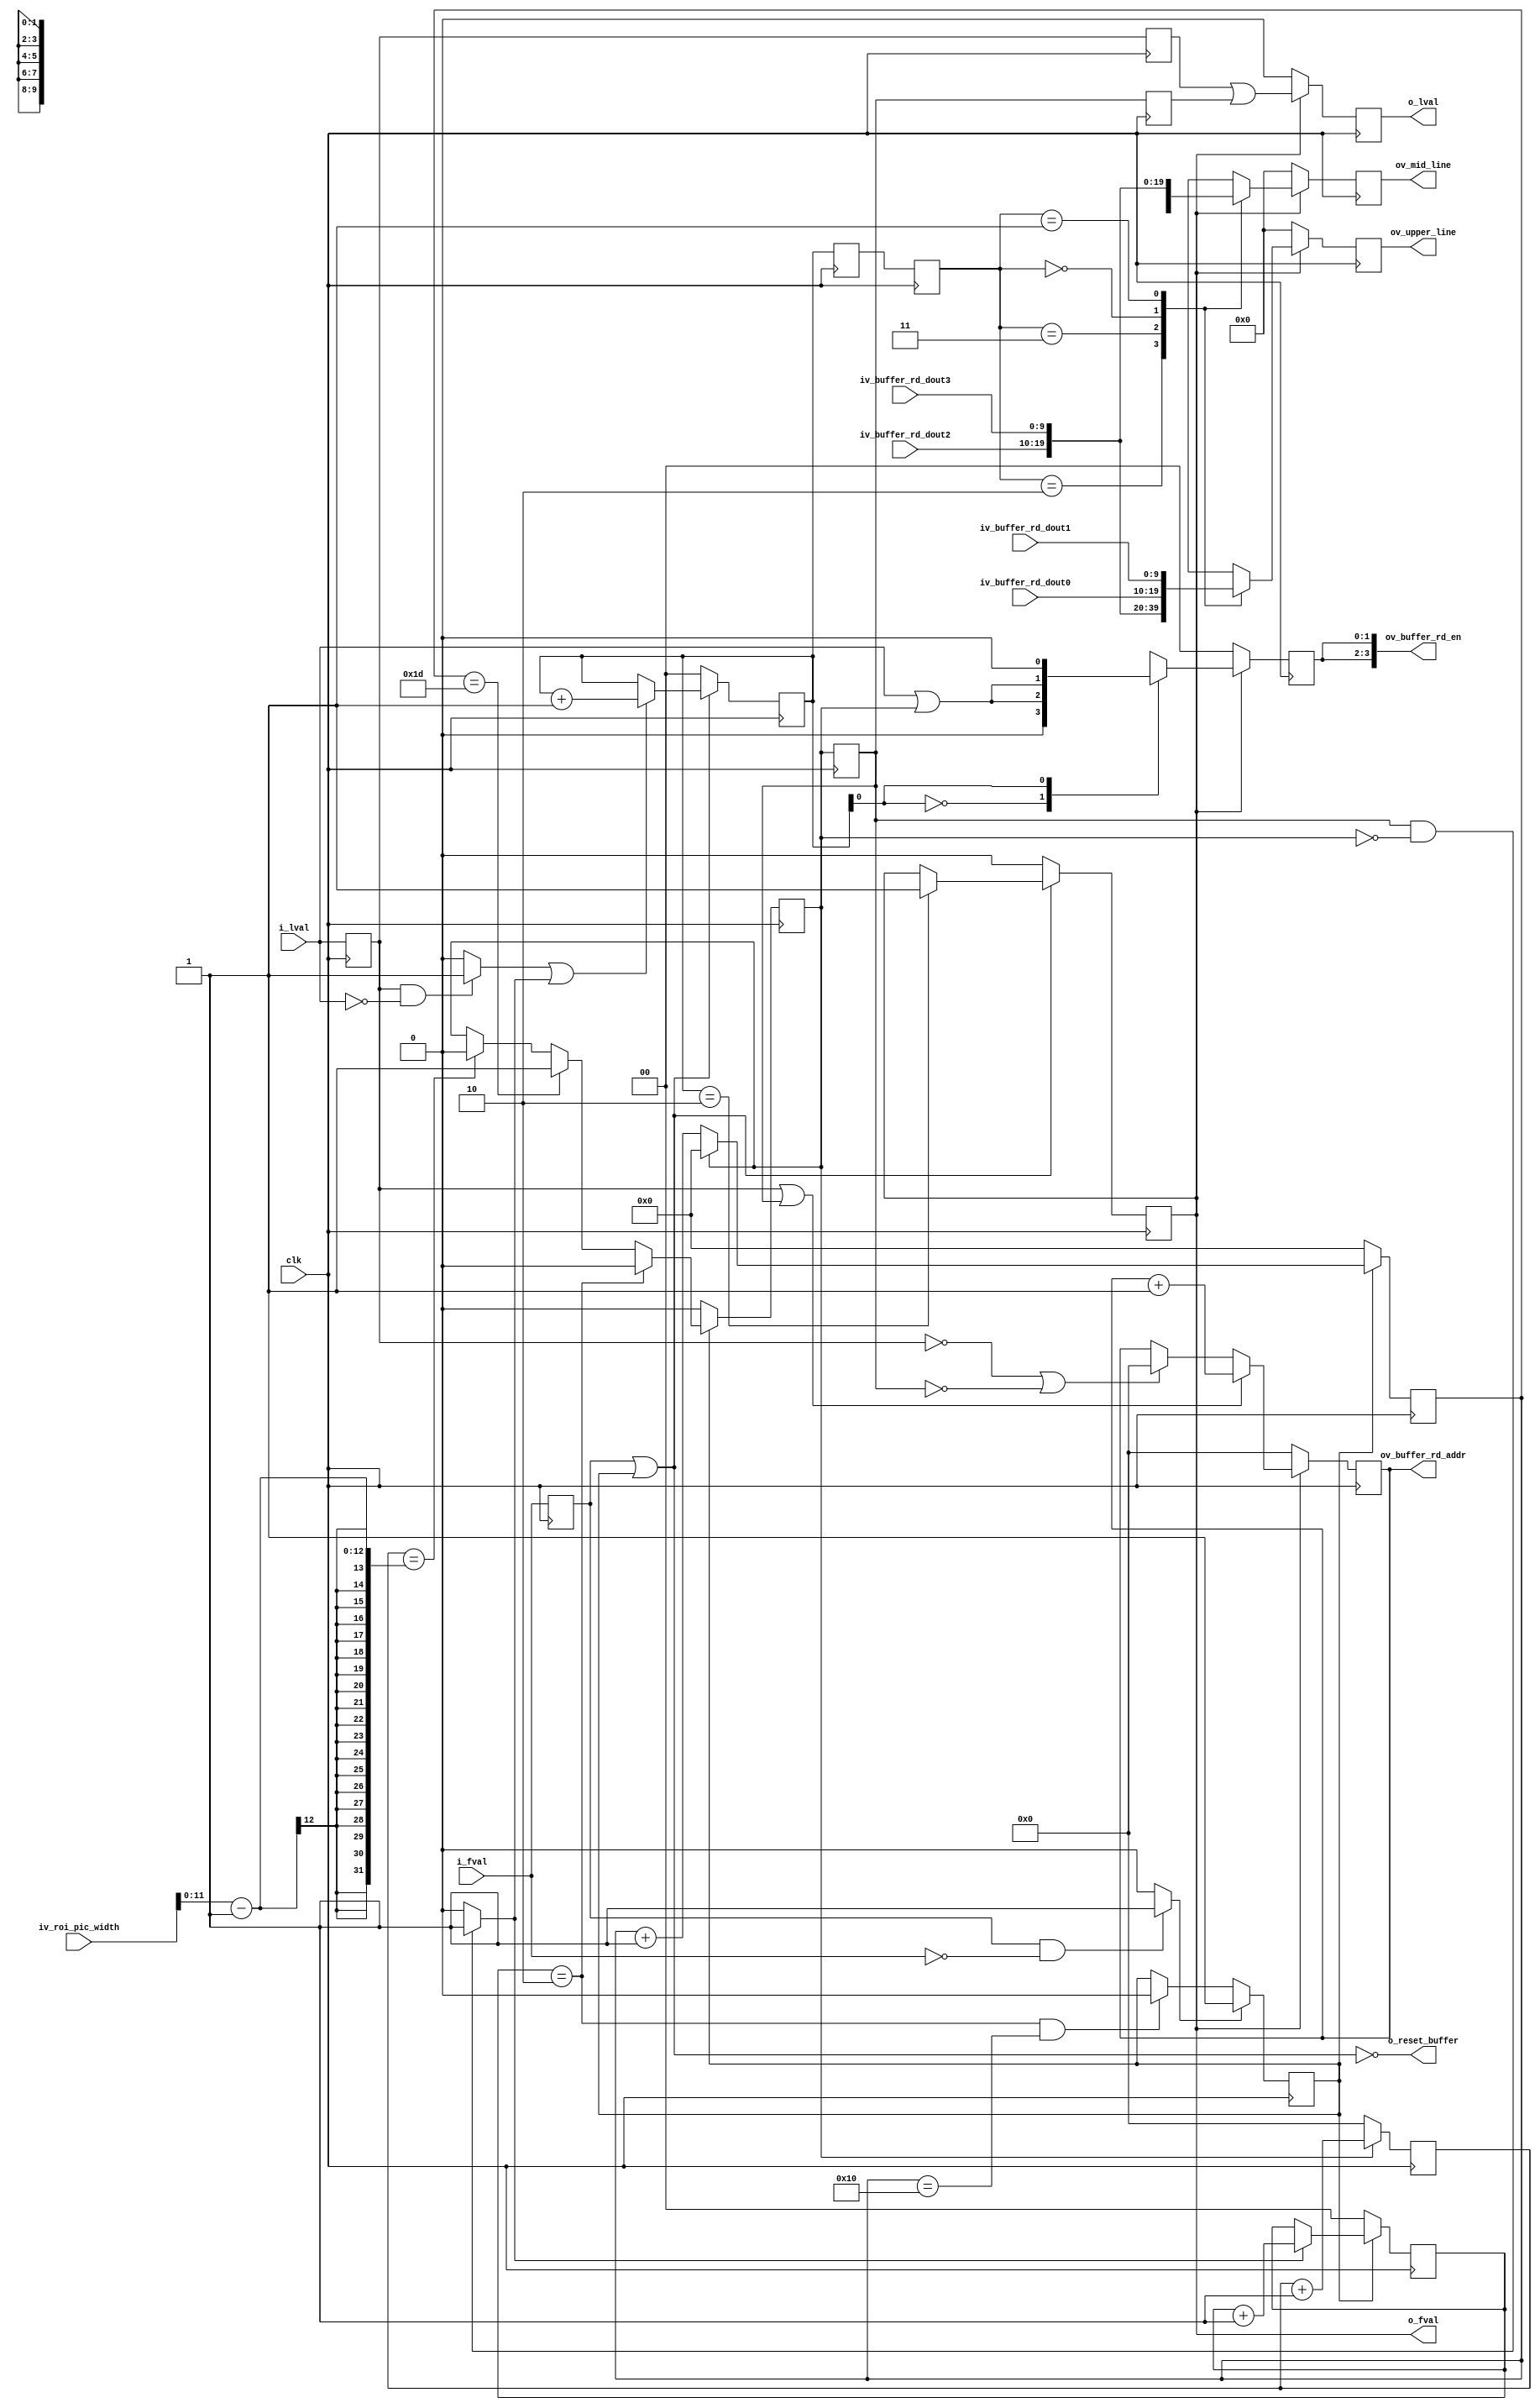
//-------------------------------------------------------------------------------------------------
//  --    : , 2010 -2015.
//  --      .
//  --          : FPGA
//  --        : pulse_filter_rd
//  --        : 
//-------------------------------------------------------------------------------------------------
//
//  --  :
//
//  --          :| 				:|  
//-------------------------------------------------------------------------------------------------
//  --        :| 2015/2/11 15:44:38	:|  
//-------------------------------------------------------------------------------------------------
//
//  --      : buffer4
//              1)  : 
//
//              2)  : RAMRAM
//
//              3)  :  upper linemid linemid linelower linewr
//
//				4)  : 2i_fval2lval
//
//-------------------------------------------------------------------------------------------------
///
`timescale 1ns/1ps
//-------------------------------------------------------------------------------------------------

module pulse_filter_rd # (
	parameter					COMPARE_LVAL_DELAY	= 5		,	// compare lval
	parameter					LINE_HIDE_PIX_NUM	= 30	,	//2
	parameter					LINE2FRAME_PIX_NUM	= 10	,	//2o_fval
	parameter					SENSOR_DAT_WIDTH	= 10	,	//sensor 
	parameter					SHORT_REG_WD		= 16		//
	)
	(
	input								clk					,	//
	input	[SHORT_REG_WD-1:0]			iv_roi_pic_width	,	//
	input								i_fval				,	//
	input								i_lval				,	//
	output								o_reset_buffer		,	//ram 
	output	[3:0]						ov_buffer_rd_en		,	//ram 
	output	[11:0]						ov_buffer_rd_addr	,	//ram 
	input	[9:0]						iv_buffer_rd_dout0	,	//ram0 
	input	[9:0]						iv_buffer_rd_dout1	,	//ram1 
	input	[9:0]						iv_buffer_rd_dout2	,	//ram2 
	input	[9:0]						iv_buffer_rd_dout3	,	//ram3 
	output								o_fval				,	//
	output								o_lval				,	//
	output	[SENSOR_DAT_WIDTH-1:0]		ov_upper_line		,	//-
	output	[SENSOR_DAT_WIDTH-1:0]		ov_mid_line				//-
	);

	//	ref signals

	//	-------------------------------------------------------------------------------------
	//	
	//	1.=+o_lval
	//	-------------------------------------------------------------------------------------
	localparam		LINE2FRAME_PIX_NUM_RD	= (LINE2FRAME_PIX_NUM+COMPARE_LVAL_DELAY);


	reg									lval_dly0			= 1'b0;
	reg									lval_dly1			= 1'b0;
	reg									lval_dly2			= 1'b0;
	wire								lval_fall			;
	reg									lval_trailer_dly0	= 1'b0;
	reg									lval_trailer_dly1	= 1'b0;
	wire								lval_trailer_fall	;
	reg									fval_dly0			= 1'b0;
	wire								fval_fall			;
	wire								fval_extend			;
	reg									lval_reg			= 1'b0;

	reg		[1:0]						lval_cnt			= 2'b0;
	reg		[1:0]						lval_cnt_dly0		= 2'b0;
	reg		[1:0]						lval_cnt_dly1		= 2'b0;
	reg									fval_reg			= 1'b0;
	reg		[1:0]						buffer_rd_en		= 2'b0;
	reg		[11:0]						buffer_rd_addr		= 12'b0;
	reg		[9:0]						upper_line_reg		= 10'b0;
	reg		[9:0]						mid_line_reg		= 10'b0;

	reg									gen_2line			= 1'b0;
	reg		[4:0]						gen_2line_hide_cnt	= 5'b0;
	reg		[11:0]						gen_2line_valid_cnt	= 12'b0;
	reg									lval_trailer		= 1'b0;
	reg		[1:0]						lval_trailer_cnt	= 2'b0;


	//	ref ARCHITECTURE

	//  ===============================================================================================
	//	ref ******
	//  ===============================================================================================
	//  -------------------------------------------------------------------------------------
	//	lval
	//  -------------------------------------------------------------------------------------
	always @ (posedge clk) begin
		lval_dly0	<= i_lval;
		lval_dly1	<= lval_dly0;
	end
	assign	lval_fall	= (lval_dly0==1'b1 && i_lval==1'b0) ? 1'b1 : 1'b0;

	//  -------------------------------------------------------------------------------------
	//	fval
	//  -------------------------------------------------------------------------------------
	always @ (posedge clk) begin
		fval_dly0	<= i_fval;
	end
	assign	fval_fall	= (fval_dly0==1'b1 && i_fval==1'b0) ? 1'b1 : 1'b0;

	//  -------------------------------------------------------------------------------------
	//	lval_trailer
	//	1.lval_trailer
	//  -------------------------------------------------------------------------------------
	always @ (posedge clk) begin
		lval_trailer_dly0	<= lval_trailer;
		lval_trailer_dly1	<= lval_trailer_dly0;
	end
	assign	lval_trailer_fall	= (lval_trailer_dly0==1'b1 && lval_trailer==1'b0) ? 1'b1 : 1'b0;

	//  ===============================================================================================
	//	ref ***2***
	//	1.rd lval2 i_fval=0i_lval02 lval
	//	2.fvallval
	//  ===============================================================================================
	//  -------------------------------------------------------------------------------------
	//	gen_2line 2
	//	1.i_fval
	//	2.2lvallvalfval
	//  -------------------------------------------------------------------------------------
	always @ (posedge clk) begin
		if(fval_fall) begin
			gen_2line	<= 1'b1;
		end
		else begin
			if(lval_trailer_cnt==2'b10 && gen_2line_hide_cnt==(LINE2FRAME_PIX_NUM_RD+1)) begin
				gen_2line	<= 1'b0;
			end
		end
	end

	//  -------------------------------------------------------------------------------------
	//	2
	//	1.=0
	//	2.=1lval=0
	//	2.=1lval=1
	//  -------------------------------------------------------------------------------------
	always @ (posedge clk) begin
		if(!gen_2line) begin
			gen_2line_hide_cnt	<= 5'b0;
		end
		else begin
			if(!lval_trailer) begin
				gen_2line_hide_cnt	<= gen_2line_hide_cnt + 1'b1;
			end
			else begin
				gen_2line_hide_cnt	<= 5'b0;
			end
		end
	end

	//  -------------------------------------------------------------------------------------
	//	2
	//	1.=0
	//	2.=1lval=0
	//	3. gen_2line  gen_2line=0 lval_trailer 0
	//  -------------------------------------------------------------------------------------
	always @ (posedge clk) begin
		if(!lval_trailer) begin
			gen_2line_valid_cnt	<= 5'b0;
		end
		else begin
			gen_2line_valid_cnt	<= gen_2line_valid_cnt + 1'b1;
		end
	end

	//  -------------------------------------------------------------------------------------
	//	lval
	//	1.lval1
	//	2.2lvallval_trailer0
	//	3.2lval
	//	--3.1-1lval0
	//	--3.2ifregfmax180
	//	4. lval cnt hide cnt  valid cnt 
	//	--LINE2FRAME_PIX_NUM_RDLINE_HIDE_PIX_NUM1lval
	//	-- lval_cnt 
	//  -------------------------------------------------------------------------------------
	always @ (posedge clk) begin
		if(!gen_2line) begin
			lval_trailer	<= 1'b0;
		end
		else begin
			if(lval_trailer_cnt==2'b10) begin
				lval_trailer	<= 1'b0;
			end
			else begin
				if(gen_2line_hide_cnt==(LINE_HIDE_PIX_NUM-1)) begin
					lval_trailer	<= 1'b1;
				end
				else if(gen_2line_valid_cnt==(iv_roi_pic_width[11:0]-1)) begin
					lval_trailer	<= 1'b0;
				end
			end
		end
	end

	//  -------------------------------------------------------------------------------------
	//	lval_trailer_cnt
	//	1. lval_trailer 
	//  -------------------------------------------------------------------------------------
	always @ (posedge clk) begin
		if(!gen_2line) begin
			lval_trailer_cnt	<= 2'b0;
		end
		else begin
			if(lval_trailer_fall) begin
				lval_trailer_cnt	<= lval_trailer_cnt + 1'b1;
			end
		end
	end

	//  ===============================================================================================
	//	ref ******
	//  ===============================================================================================
	//  -------------------------------------------------------------------------------------
	//                  ______________________________________________________________
	//	i_fval         _|                                                            |_____________________________
	//                                                                               __________________
	//  gen_2line      ______________________________________________________________|                |____________
	//                  _______________________________________________________________________________
	//	fval_extend    _|                                                                             |____________
	//                      ____    ____      ____    ____            ____    ____
	//	i_lval         _____|  |____|  |______|  |____|  |____....____|  |____|  |_________________________________
	//                                                                                  ____    ____
	//	lval_gen       _________________________________________________________________|  |____|  |_______________
	//
	//                                    _____________________________________________________________
	//	o_fval         ___________________|                                                           |____________
	//
	//                                        ____    ____            ____    ____      ____    ____
	//	o_lval         _______________________|  |____|  |____....____|  |____|  |______|  |____|  |_______________
	//
	//  -------------------------------------------------------------------------------------
	//  -------------------------------------------------------------------------------------
	//	fval_extend - fval
	//	1.gen_2linei_fval
	//	2.fval_dly0  gen_2line 
	//	3.fval_extend  i_fval 12
	//  -------------------------------------------------------------------------------------
	assign	fval_extend		= fval_dly0 | gen_2line;

	//  -------------------------------------------------------------------------------------
	//	lval
	//	1. fval =0 lval_cnt 
	//	2. fval =1  i_lval    lval_trailer 
	//  -------------------------------------------------------------------------------------
	always @ (posedge clk) begin
		if(!fval_extend) begin
			lval_cnt	<= 2'b00;
		end
		else begin
			if(lval_fall==1'b1 || lval_trailer_fall==1'b1) begin
				lval_cnt	<= lval_cnt + 1'b1;
			end
		end
	end

	//  -------------------------------------------------------------------------------------
	//	fval_reg - 
	//	1.i_fval=0gen_2line=0fval_reg
	//	2.fval_reg=1
	//	3.o_fval  i_fval 2
	//  -------------------------------------------------------------------------------------
	always @ (posedge clk) begin
		if(!fval_extend) begin
			fval_reg	<= 1'b0;
		end
		else if(lval_cnt==2'b10) begin
			fval_reg	<= 1'b1;
		end
	end
	assign	o_fval	= fval_reg;

	//  -------------------------------------------------------------------------------------
	//	lval
	//	1.o_fval=0o_lval=0
	//	2.lval (1)i_lval (2)
	//	3.ram i_lvallval_trailerram1ramdly1
	//  -------------------------------------------------------------------------------------
	always @ (posedge clk) begin
		if(!fval_reg) begin
			lval_reg	<= 1'b0;
		end
		else begin
			lval_reg	<= lval_dly1|lval_trailer_dly1;
		end
	end
	assign	o_lval	= lval_reg;

	//  -------------------------------------------------------------------------------------
	//	 lval cnt
	//	1.ram1
	//	2.ram lval_cnt
	//	3.lvalram2
	//  -------------------------------------------------------------------------------------
	always @ (posedge clk) begin
		lval_cnt_dly0	<= lval_cnt;
		lval_cnt_dly1	<= lval_cnt_dly0;
	end

	//  ===============================================================================================
	//	ref ***RAM***
	//  ===============================================================================================
	//  -------------------------------------------------------------------------------------
	//	-- ref RAM 
	//	1.RAM fval_extend i_fval22ram
	//	2.10FIFO
	//  -------------------------------------------------------------------------------------
	assign	o_reset_buffer	= !fval_extend;

	//  -------------------------------------------------------------------------------------
	//	-- ref RAM 
	//	1.  o_fval
	//	2.lval cnt
	//  -------------------------------------------------------------------------------------
	always @ (posedge clk) begin
		if(!fval_reg) begin
			buffer_rd_en	<= 2'b00;
		end
		else begin
			case(lval_cnt[0])
				1'b0	: buffer_rd_en	<= {1'b0,i_lval|lval_trailer};
				1'b1	: buffer_rd_en	<= {i_lval|lval_trailer,1'b0};
				default	: buffer_rd_en	<= 2'b00;
			endcase
		end
	end
	assign	ov_buffer_rd_en[0]	= buffer_rd_en[0];
	assign	ov_buffer_rd_en[2]	= buffer_rd_en[0];
	assign	ov_buffer_rd_en[1]	= buffer_rd_en[1];
	assign	ov_buffer_rd_en[3]	= buffer_rd_en[1];

	//  -------------------------------------------------------------------------------------
	//	-- ref RAM 
	//	1.i_lval
	//	2.2ram
	//	3.ram
	//  -------------------------------------------------------------------------------------
	always @ (posedge clk) begin
		if(fval_reg) begin
			if(lval_dly0==1'b1 || lval_trailer_dly0==1'b1) begin
				buffer_rd_addr	<= buffer_rd_addr + 1'b1;
			end
			else if(lval_dly0==1'b0 || lval_trailer_dly0==1'b0) begin
				buffer_rd_addr	<= 12'h0;
			end
		end
		else begin
			buffer_rd_addr	<= 12'h0;
		end
	end
	assign	ov_buffer_rd_addr	= buffer_rd_addr;

	//  ===============================================================================================
	//	ref ******
	//  ===============================================================================================
	//  -------------------------------------------------------------------------------------
	//	
	//	1.lval_cntram
	//	2.
	//  -------------------------------------------------------------------------------------
	always @ (posedge clk) begin
		if(fval_reg) begin
			case(lval_cnt_dly1)
				2'b10	: upper_line_reg	<= iv_buffer_rd_dout2;
				2'b11	: upper_line_reg	<= iv_buffer_rd_dout3;
				2'b00	: upper_line_reg	<= iv_buffer_rd_dout0;
				2'b01	: upper_line_reg	<= iv_buffer_rd_dout1;
				default	: upper_line_reg	<= 10'b0;
			endcase
		end
		else begin
			upper_line_reg	<= 10'b0;
		end
	end
	assign	ov_upper_line	= upper_line_reg[SENSOR_DAT_WIDTH-1:0];

	//  -------------------------------------------------------------------------------------
	//	
	//  -------------------------------------------------------------------------------------
	always @ (posedge clk) begin
		if(fval_reg) begin
			case(lval_cnt_dly1)
				2'b10	: mid_line_reg	<= iv_buffer_rd_dout0;
				2'b11	: mid_line_reg	<= iv_buffer_rd_dout1;
				2'b00	: mid_line_reg	<= iv_buffer_rd_dout2;
				2'b01	: mid_line_reg	<= iv_buffer_rd_dout3;
				default	: mid_line_reg	<= 10'b0;
			endcase
		end
		else begin
			mid_line_reg	<= 10'b0;
		end
	end
	assign	ov_mid_line	= mid_line_reg[SENSOR_DAT_WIDTH-1:0];


endmodule